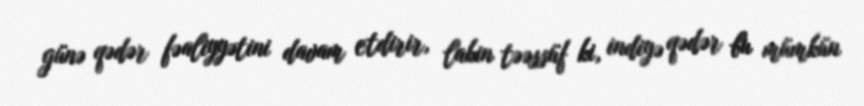
günə qədər fəaliyyətini davam etdirir, lakin təəssüf ki, indiyə qədər bu mümkün